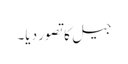
جیل کا تصور دیا۔